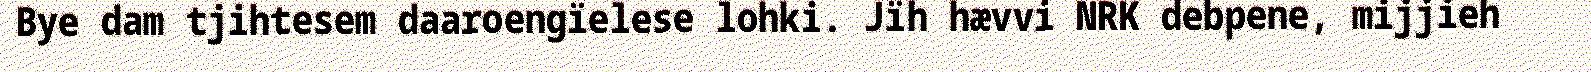
Bye dam tjihtesem daaroengïelese lohki. Jïh hævvi NRK debpene, mijjieh